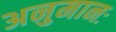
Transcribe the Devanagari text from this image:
अनुमानः